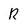
Character: R